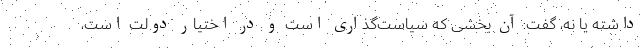
داشته یا نه، گفت: آن بخشی که سیاست‌گذاری است و در اختیار دولت است،